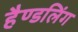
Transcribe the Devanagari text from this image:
हैण्डलिंग